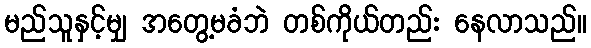
မည်သူနှင့်မျှ အတွေ့မခံဘဲ တစ်ကိုယ်တည်း နေလာသည်။